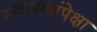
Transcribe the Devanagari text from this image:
स्थानकांपेक्षा